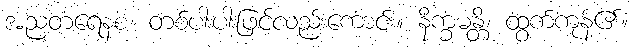
အညတရေနစ၊ တစ်ပါးပါးဖြင့်လည်းကောင်း။ နိက္ခမန္တိ၊ ထွက်ကုန်၏။